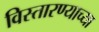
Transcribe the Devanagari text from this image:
विस्तारण्याच्या